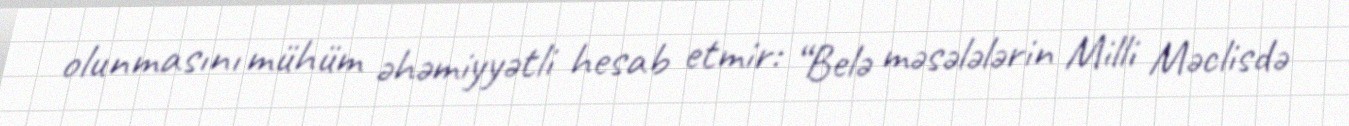
olunmasını mühüm əhəmiyyətli hesab etmir: “Belə məsələlərin Milli Məclisdə